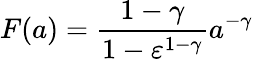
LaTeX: F(a)=\frac{1-\gamma}{1-\varepsilon^{1-\gamma}}a^{-\gamma}